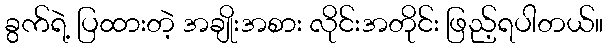
ခွက်ရဲ့ ပြထားတဲ့ အချိုးအစား လိုင်းအတိုင်း ဖြည့်ရပါတယ်။